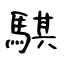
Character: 騏